Annual administration report of the Bombay Presidency - 1887-1892
Year: 1887
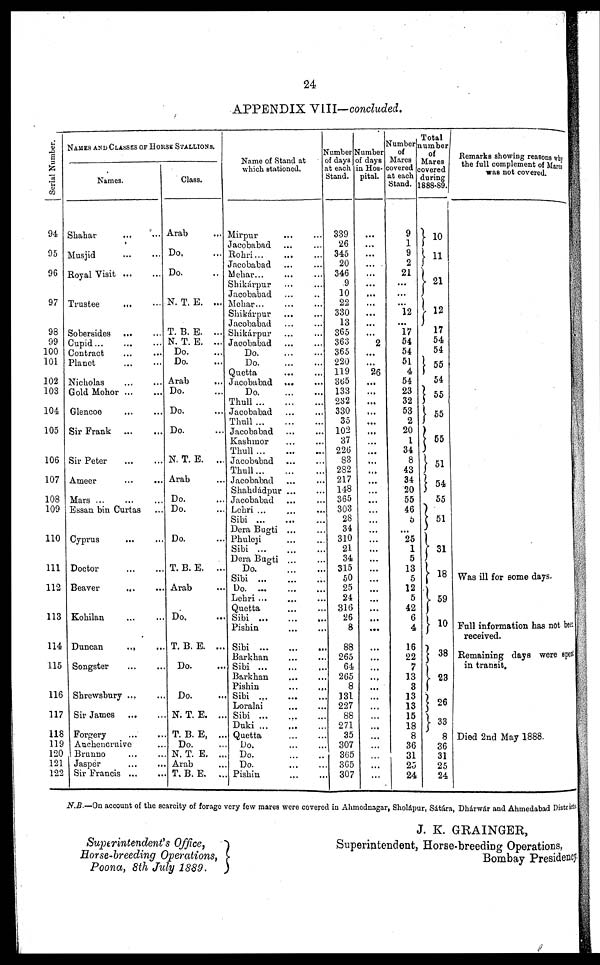
24
APPENDIX VIII—concluded.
Serial Number.
94
95
96
97
98
99
100
101
102
103
104
105
106
107
108
109
110
111
112
113
114
115
116
117
118
119
120
121
122
NAMES AND CLASSES OF HORSE STALLIONS.
Names.
Shahar ... ...
Musjid
...
...
Royal Visit
...
...
Trustee
... ...
Sobersides ... ...
Cupid... ... ...
Contract ... ...
Planet ... ...
Nicholas ... ...
Gold Mohor
...
...
Glencoe ... ...
Sir Frank
...
...
Sir Peter
...
...
Ameer ... ...
Mars ... ... ...
Essan bin Curtas ...
Cyprus ... ...
Doctor ... ...
Beaver ... ...
Kohilan ... ...
Duncan
... ...
Songster ... ...
Shrewsbury ... ...
Sir James ... ...
Forgery ... ...
Anchencruive ...
Brunno ... ...
Jasper ... ...
Sir Francis ... ...
Class.
Arab ...
Do. ...
Do. ...
N. T. E. ...
T. B. E. ...
N. T. E. ...
Do. ...
Do. ...
Arab ...
Do. ...
Do. ...
Do. ...
N. T. E.
...
Arab ...
Do. ...
Do. ...
Do. ...
T. B. E.
...
Arab ...
Do. ...
T. B. E. ...
Do. ...
Do. ...
N. T. E. ...
T. B. E. ...
Do. ...
N. T. E. ...
Arab ...
T. B. E. ...
Name of Stand at
which stationed.
Mirpur ... ...
Jacobabad ... ...
Rohri ... ... ...
Jacobabad ... ...
Mehar... ... ...
Shikárpur ... ...
Jacobabad ... ...
Mehar... ... ...
Shikárpur ... ...
Jacobabad ... ...
Shikárpur ... ...
Jacobabad ... ...
Do.
...
...
Do.
...
...
Quetta ... ...
Jacobabad ... ...
Do.
...
...
Thull
...
...
...
Jacobabad ... ...
Thull
...
...
...
Jacobabad ... ...
Kashmor ... ...
Thull
...
...
...
Jacobabad ... ...
Thull
...
...
...
Jacobabad ... ...
Shahdádpur
...
...
Jacobabad ... ...
Lehri ... ... ...
Sibi
...
...
...
Dera Bugti ... ...
Phuleji ... ...
Sibi ...
...
...
Dera Bugti ... ...
Do.
...
...
Sibi
...
...
...
Do.
...
...
...
Lehri ... ... ...
Quetta ... ...
Sibi
...
...
...
Pishin ... ...
Sibi
...
...
...
Barkhan ... ...
Sibi
...
...
...
Barkhan ... ...
Pishin ... ...
Sibi
...
...
...
Loralai ... ...
Sibi
...
...
...
Duki
...
...
...
Quetta ... ...
Do.
...
...
Do.
...
...
Do.
...
...
Pishin ... ...
Number
of days
at each
Stand.
339
26
345
20
346
9
10
22
330
13
365
363
365
220
119
365
133
232
330
35
102
37
226
83
282
217
148
365
303
28
34
310
21
34
315
50
25
24
316
26
8
88
265
64
265
8
131
227
88
271
35
307
365
365
307
Number
of days
in Hos¬
pital.
...
...
...
...
...
...
...
...
...
...
...
2
...
......
26
...
...
...
...
...
...
...
...
...
...
...
...
...
...
...
...
...
...
...
...
...
...
...
...
...
...
...
...
...
......
...
...
...
...
...
...
...
...
...
...
Number
of
Mares
covered
at each
Stand.
9
1
9
2
21
...
...
...
12
...
17
54
54
51
4
54
23
32
53
2
20
1
34
8
43
34
20
55
46
5
...
25
1
5
13
5
12
5
42
6
4
16
22
7
13
3
13
13
15
18
8
36
31
25
24
Total
number
of
Mares
covered
during
1888-89.
10
11
21
12 17
54
54
55
54
55
55
55
51
54
55
51
31
18
59
10
38
23
26
33
8
36
31
25
24
Remarks showing reasons why
the full complement of Mares
was not covered.
Was ill for some days.
Full information has not been
received.
Remaining days were spent
in transit.
Died 2nd May 1888.
N.B.—On account of the scarcity of forage very few mares were covered in Ahmednagar, Sholápur, Sátára, Dhárwár and Ahmedabad Districts.
Superintendent's Office,
Horse-breeding Operations,
Poona, 8th July 1889.
J. K. GRAINGER,
Superintendent, Horse-breeding Operations,
Bombay Presidency.